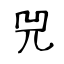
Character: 兕